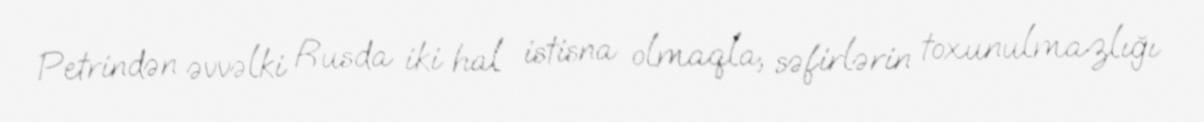
Petrindən əvvəlki Rusda iki hal istisna olmaqla, səfirlərin toxunulmazlığı